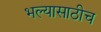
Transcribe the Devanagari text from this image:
भल्यासाठीच